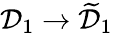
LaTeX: \mathcal{D}_{1}\to\widetilde{\mathcal{D}}_{1}